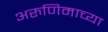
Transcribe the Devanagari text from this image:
अरुणिमाच्या